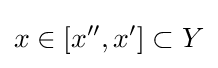
x\in [x'',x']\subset Y